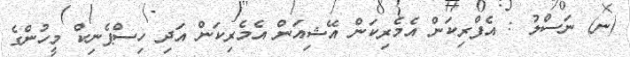
(ނ) ނަސްލު : އެފްރިކަން އެމެރިކަން އޭޝިއަން އެމެރިކަން އަދި ހިސްޕެނިކް މީހުންގެ